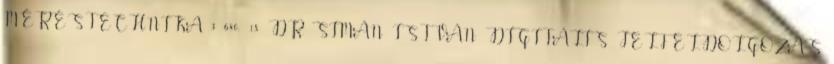
MÉRÉSTECHNIKA 3 680,- 18 DR. SIMÁN ISTVÁN DIGITÁLIS JELFELDOLGOZÁS